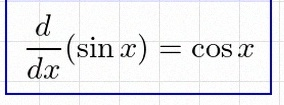
\frac{d}{dx}(\sin x)=\cos x